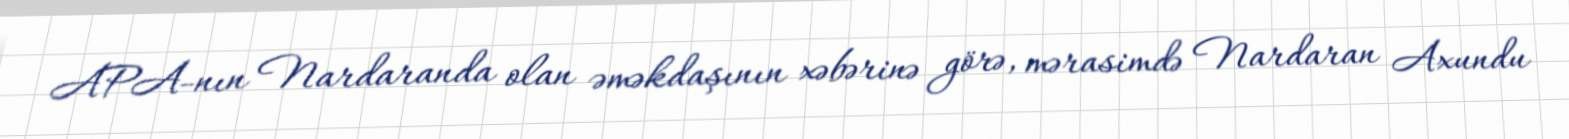
APA-nın Nardaranda olan əməkdaşının xəbərinə görə, mərasimdə Nardaran Axundu